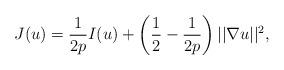
LaTeX: \begin{align*}J(u)=\frac{1}{2p}I(u)+\left(\frac12-\frac{1}{2p}\right)||\nabla u||^2,\end{align*}